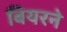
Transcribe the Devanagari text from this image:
बियरने